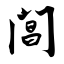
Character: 阊